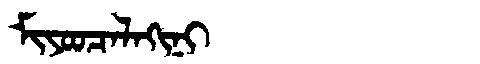
Manchu: ᠮᡳᠶᠣᠣᠴᠠᠯᠠᡴᡳᠨᡳ
Romanization: MIYOOCALAKINI